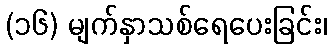
(၁၆) မျက်နှာသစ်ရေပေးခြင်း၊